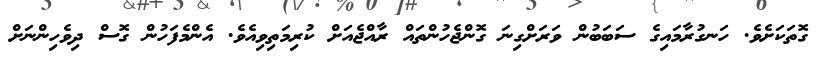
ގޮތަކަށެވެ. ހަނގުރާމައިގެ ސަބަބުން ވަރަށްގިނަ ގޮންޖެހުންތައް ރާއްޖެއަށް ކުރިމަތިވިއެވެ. އެންމެފަހުން ގޮސް ދިވެހިންނަށް